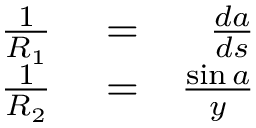
\begin{array} { r l r } { \frac { 1 } { R _ { 1 } } } & { { } = } & { \frac { d a } { d s } } \\ { \frac { 1 } { R _ { 2 } } } & { { } = } & { \frac { \sin a } { y } } \end{array}